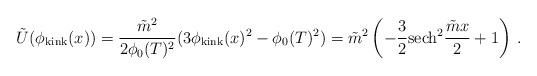
LaTeX: \begin{align*}\tilde U(\phi_{\rm kink}(x)) = \frac{\tilde m^2}{2\phi_0(T)^2} (3 \phi_{\rm kink}(x)^2 - \phi_0(T)^2) = \tilde m^2 \left(-\frac{3}{2}{\rm sech}^2 \frac{\tilde m x}{2} + 1 \right) \,.\end{align*}